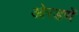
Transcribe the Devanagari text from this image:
ओरडणें